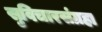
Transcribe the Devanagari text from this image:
सुविचारसंग्रहा